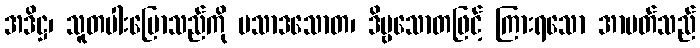
အဒိဋ္ဌ၊ သူတပါးပြောသည်ကို ပသာဒသောတ၊ ဒိဗ္ဗသောတဖြင့် ကြားရသော အာပတ်သည်